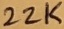
Text: 22K